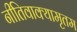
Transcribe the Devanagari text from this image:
नीतिवाक्यामृतम